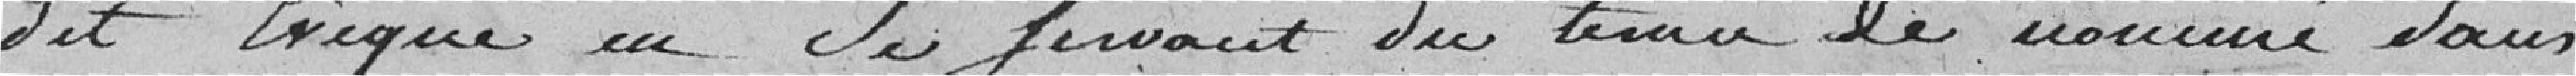
dit Evêque en Se servant du terme le nommé dans